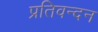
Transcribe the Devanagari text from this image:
प्रतिवन्दन